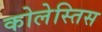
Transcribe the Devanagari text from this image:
कोलेस्तिस